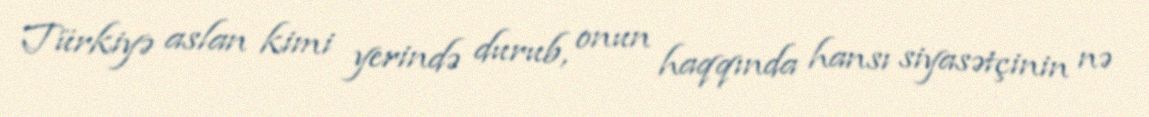
Türkiyə aslan kimi yerində durub, onun haqqında hansı siyasətçinin nə